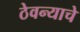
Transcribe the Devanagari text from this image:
ठेवन्याचे